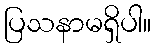
ပြသနာမရှိပါ။